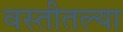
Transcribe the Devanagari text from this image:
वस्तीतल्या